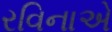
રવિનાએ